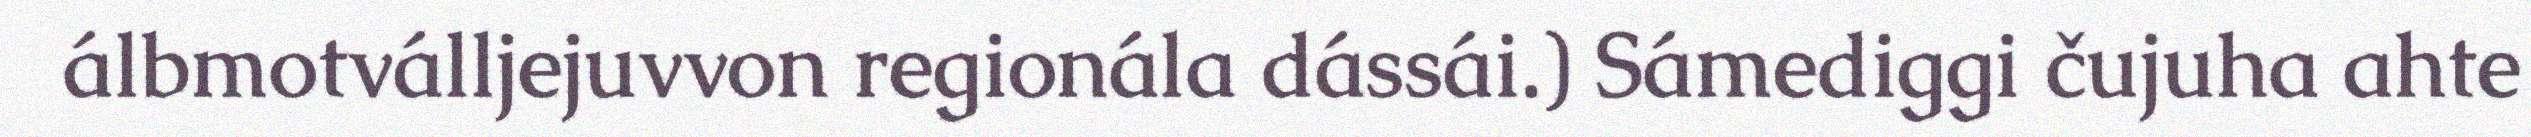
álbmotválljejuvvon regionála dássái.) Sámediggi čujuha ahte